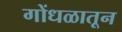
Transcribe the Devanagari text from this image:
गोंधळातून